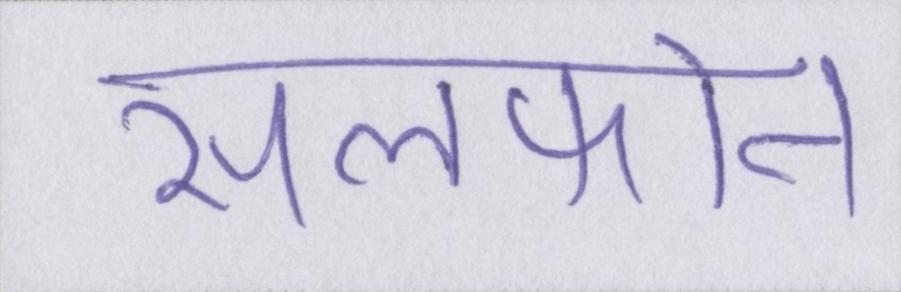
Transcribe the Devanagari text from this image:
सेलफोन